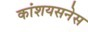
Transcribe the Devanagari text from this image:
कांशयसनेस